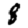
Digit: 8